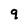
Character: q